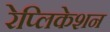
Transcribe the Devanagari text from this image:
रेप्लिकेशन